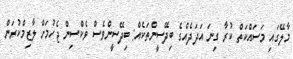
މާލޭގައި މަސައްކަތް ކުރާ ގިނަ އަދަދެއްގެ ބިދޭސީންތަކެއް: ބިދޭސީންވެސް ވެކްސިން ޖެހުމަށް ލާޒިމްކުރަން